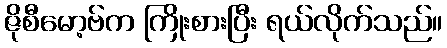
ဇိုစီမော့ဗ်က ကြိုးစားပြီး ရယ်လိုက်သည်။